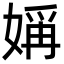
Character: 㛵